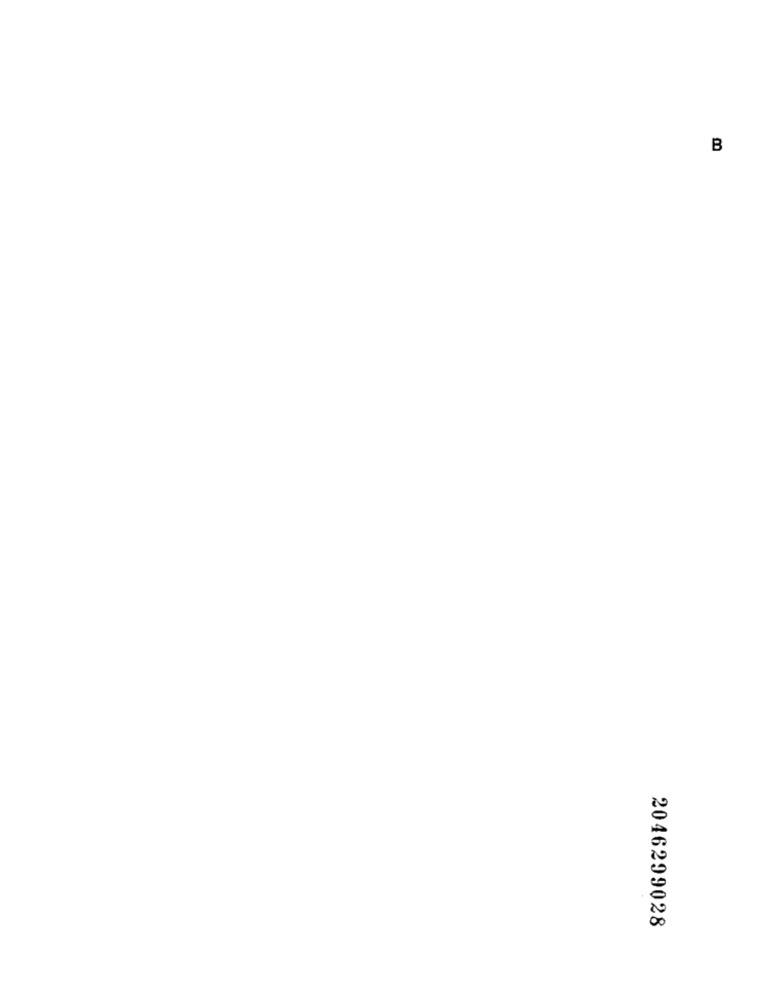
B
2046299028